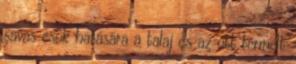
savas esők hatására a talaj és az ott termelt